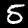
Digit: 5